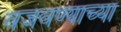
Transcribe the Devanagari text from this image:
वजवण्याच्या